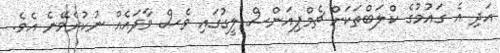
އަދި އެ ގައުމުގެ ކްލަބްތަކަށް ޗެމްޕިއަންސް ލީގުގައި ވެސް ވާދައެއް ނުކުރެވޭނެ އެވެ.